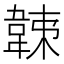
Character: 𩎩